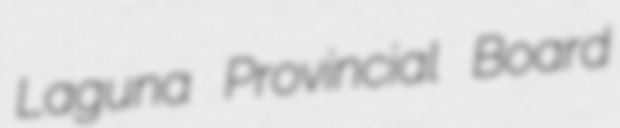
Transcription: Laguna Provincial Board